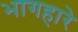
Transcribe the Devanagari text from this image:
भागहारे